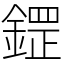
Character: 鎠